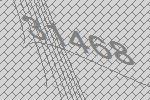
31468